65_HS1-834228961_62-HQ-83894_Section_8
Agency: FBI
Page 162
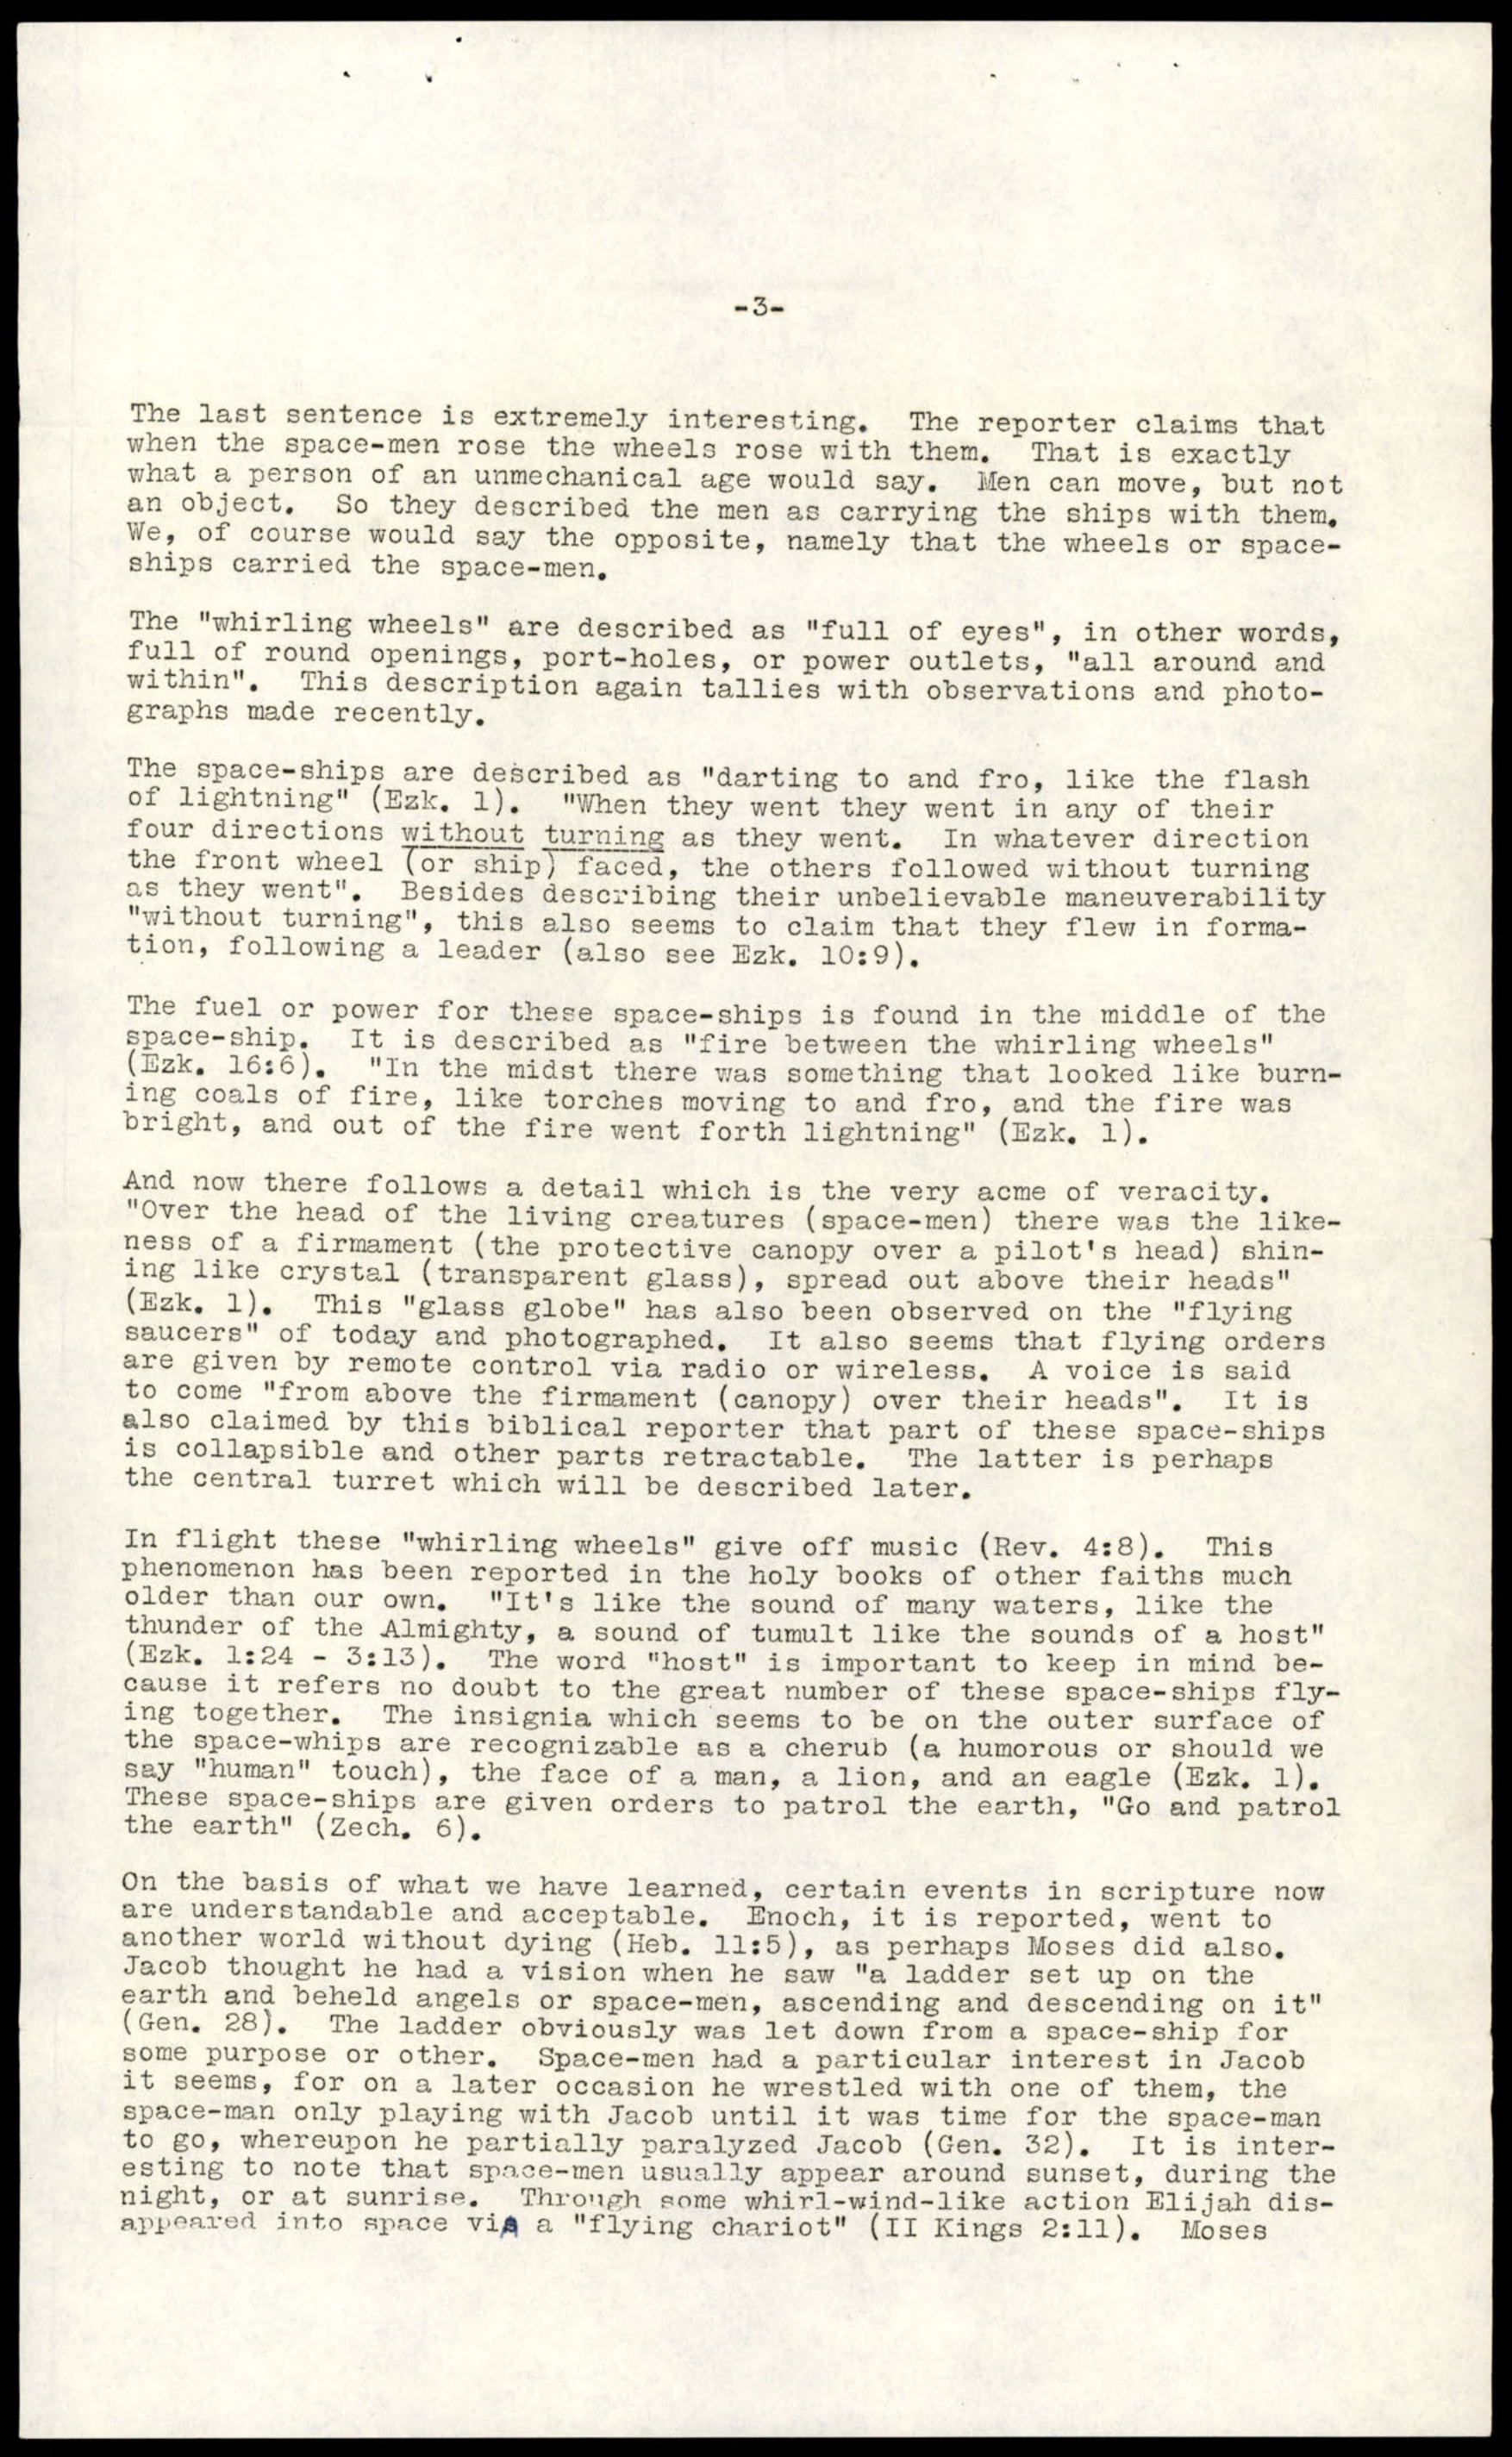